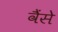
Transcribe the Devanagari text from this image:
वैंसे